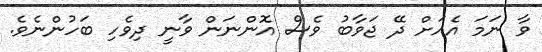
ވާ ނަމަ އެއަށް ދޭ ޖަވާބު ވެސް އޮންނަން ވާނީ ދިވެހި ބަހުންނެވެ.